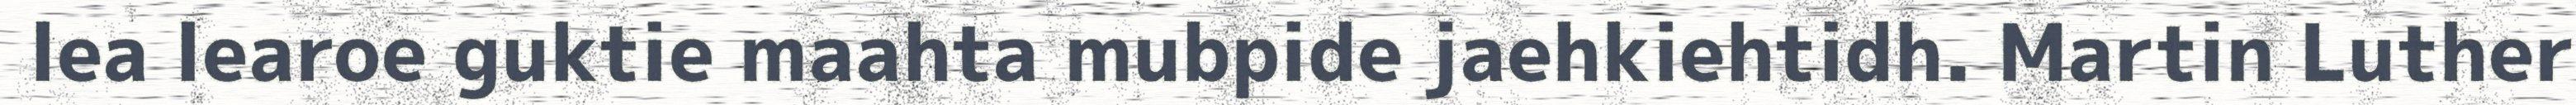
lea learoe guktie maahta mubpide jaehkiehtidh. Martin Luther